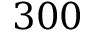
3 0 0